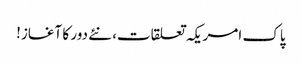
پاک امریکہ تعلقات، نئے دور کا آغاز!